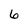
Character: 6